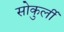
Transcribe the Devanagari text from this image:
सोकुर्ली